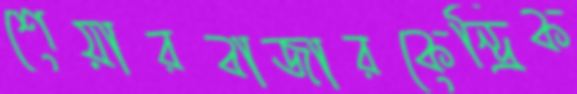
শেয়ারবাজারকেন্দ্রিক